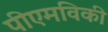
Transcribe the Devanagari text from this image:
पीएमविकी